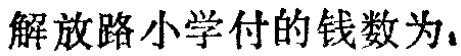
解放路小学付的钱数为，